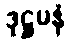
ဒုဋ္ဌမနံ